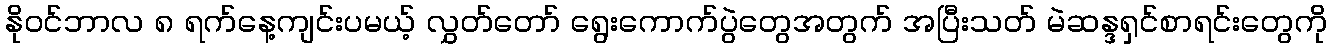
နိုဝင်ဘာလ ၈ ရက်နေ့ကျင်းပမယ့် လွှတ်တော် ရွေးကောက်ပွဲတွေအတွက် အပြီးသတ် မဲဆန္ဒရှင်စာရင်းတွေကို